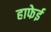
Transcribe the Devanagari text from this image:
हाफेई